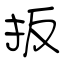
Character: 扳